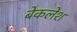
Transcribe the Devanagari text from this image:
बेकलेश